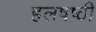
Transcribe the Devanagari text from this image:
हलषष्ठी